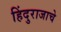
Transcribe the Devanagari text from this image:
हिंदुराजाचे